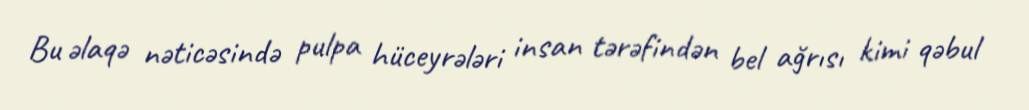
Bu əlaqə nəticəsində pulpa hüceyrələri insan tərəfindən bel ağrısı kimi qəbul